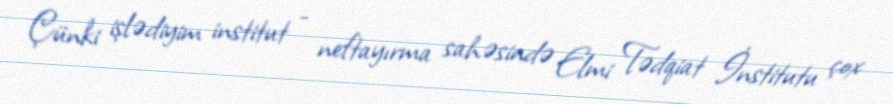
Çünki işlədiyim institut - neftayırma sahəsində Elmi Tədqiat İnstitutu çox